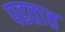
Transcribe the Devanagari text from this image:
पहतात